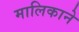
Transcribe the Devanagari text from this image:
मालिकाने